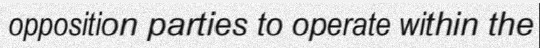
opposition parties to operate within the